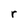
Character: r